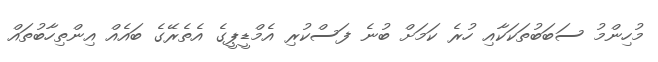
މުހިންމު ސަބަބުތަކަކާއި ހުރެ ކަމަށް ބުނެ ފަސްކުރި އެމްޑީޕީގެ އެތެރޭގެ ބައެއް އިންތިހާބުތައް